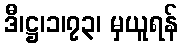
ဒီ၊ဋ္ဌ၊၁၊၇၃၊ မှယူရန်